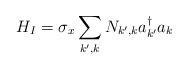
LaTeX: \begin{align*}H_{I} = \sigma_{x}\sum_{k^{\prime},k} N_{k^{\prime}, k}a_{k^{\prime}}^{\dagger}a_{k}\end{align*}